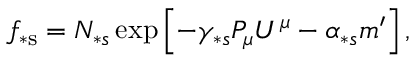
f _ { \ast \mathrm { s } } = N _ { \ast s } \exp \left[ - \gamma _ { \ast s } P _ { \mu } U ^ { \mu } - \alpha _ { \ast s } m ^ { \prime } \right] ,